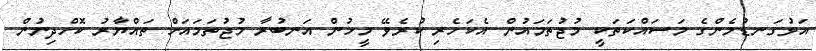
އަޅުގަނޑުމެންގެ މަސައްކަތަކީ މުޖުތަމައުން އެކަހެރި ކުރެވޭ މީހުން އަނބުރާ މުޖުތަމައަށް ތައްޔާރު ކޮށްދިނުން